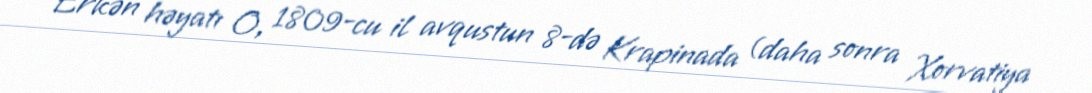
Erkən həyatı O, 1809-cu il avqustun 8-də Krapinada (daha sonra Xorvatiya